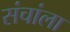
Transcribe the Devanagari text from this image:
संचांला